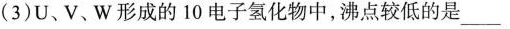
(3)U、V、W形成的10电子氢化物中，沸点较低的是___